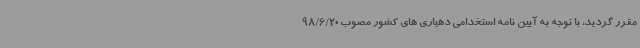
مقرر گردید، با توجه به آیین نامه استخدامی دهیاری های کشور مصوب 98/6/20